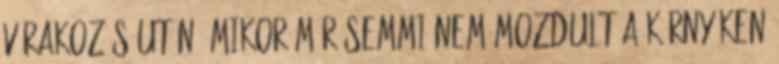
várakozás után, mikor már semmi nem mozdult a környéken